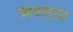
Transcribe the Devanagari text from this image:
व्यवसाए